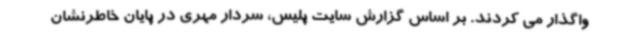
واگذار می کردند. بر اساس گزارش سایت پلیس، سردار مهری در پایان خاطرنشان